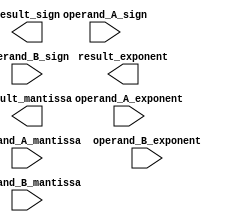
module ext_precision_float_addition (
    input [63:0] operand_A_sign,
    input [15:0] operand_A_exponent,
    input [63:0] operand_A_mantissa,
    input [63:0] operand_B_sign,
    input [15:0] operand_B_exponent,
    input [63:0] operand_B_mantissa,
    output reg [63:0] result_sign,
    output reg [15:0] result_exponent,
    output reg [63:0] result_mantissa
);

    // Adder logic implementation here

endmodule